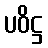
ပဝိဋ္ဌ